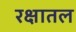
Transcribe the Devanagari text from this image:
रक्षातल